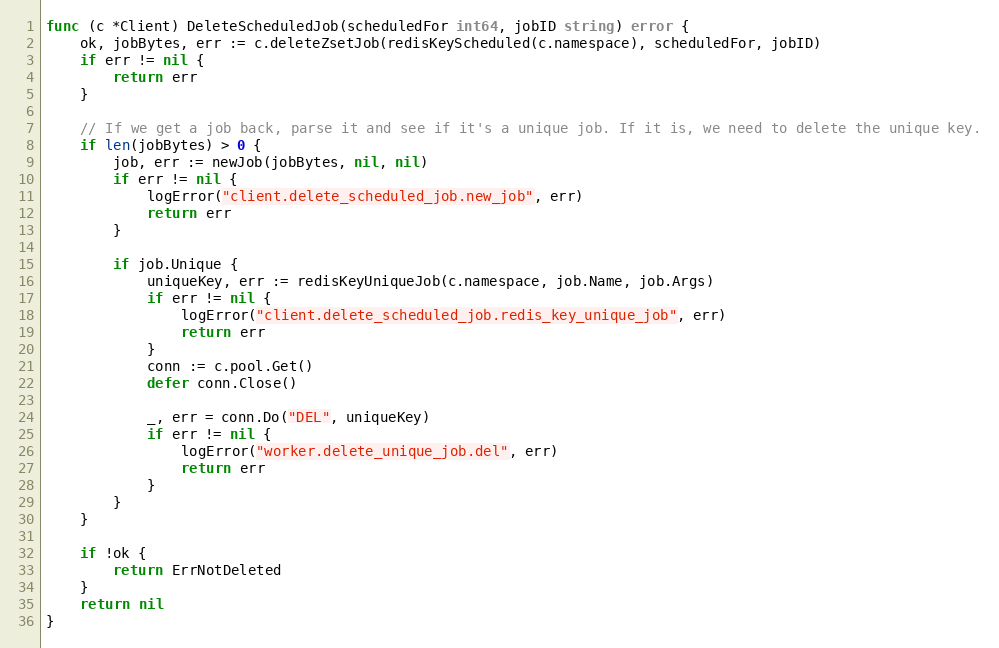
Language: Go
func (c *Client) DeleteScheduledJob(scheduledFor int64, jobID string) error {
	ok, jobBytes, err := c.deleteZsetJob(redisKeyScheduled(c.namespace), scheduledFor, jobID)
	if err != nil {
		return err
	}

	// If we get a job back, parse it and see if it's a unique job. If it is, we need to delete the unique key.
	if len(jobBytes) > 0 {
		job, err := newJob(jobBytes, nil, nil)
		if err != nil {
			logError("client.delete_scheduled_job.new_job", err)
			return err
		}

		if job.Unique {
			uniqueKey, err := redisKeyUniqueJob(c.namespace, job.Name, job.Args)
			if err != nil {
				logError("client.delete_scheduled_job.redis_key_unique_job", err)
				return err
			}
			conn := c.pool.Get()
			defer conn.Close()

			_, err = conn.Do("DEL", uniqueKey)
			if err != nil {
				logError("worker.delete_unique_job.del", err)
				return err
			}
		}
	}

	if !ok {
		return ErrNotDeleted
	}
	return nil
}